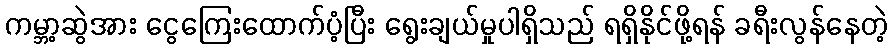
ကမ္ဘာ့ဆွဲအား ငွေကြေးထောက်ပံ့ပြီး ရွေးချယ်မှုပါရှိသည် ရရှိနိုင်ဖို့ရန် ခရီးလွန်နေတဲ့